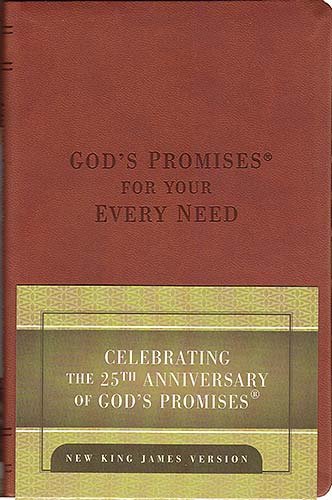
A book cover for God's Promises for Your Every Need: 25th Anniversary Edition; Jack Countryman; Christian Books & Bibles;